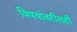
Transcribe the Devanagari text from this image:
विषयांवरीलही